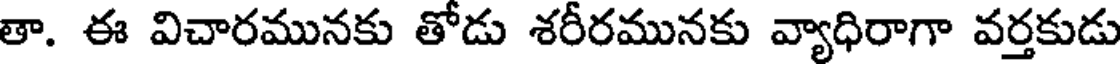
తా. ఈ విచారమునకు తోడు శరీరమునకు వ్యాధిరాగా వర్తకుడు